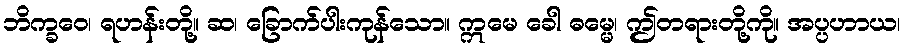
ဘိက္ခဝေ၊ ရဟန်းတို့။ ဆ၊ ခြောက်ပါးကုန်သော။ ဣမေ ခေါ ဓမ္မေ၊ ဤတရားတို့ကို။ အပ္ပဟာယ၊